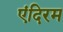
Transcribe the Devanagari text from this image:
एंदिरम